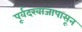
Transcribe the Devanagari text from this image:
पूर्वदरवाजापासून